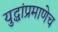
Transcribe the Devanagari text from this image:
युद्धांप्रमाणेच